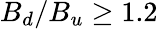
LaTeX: B_{d}/B_{u}\geq 1.2